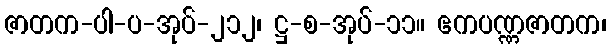
ဇာတက-ပါ-ပ-အုပ်-၂၁၂၊ ဋ္ဌ-စ-အုပ်-၁၁။ ဧကပဏ္ဏဇာတက၊